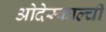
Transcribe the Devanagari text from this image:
ओदेस्काल्ची